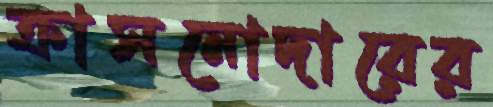
ক্রাসনোদারের